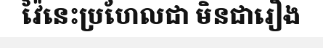
វ៉ៃនេះប្រហែលជា មិនជារឿង